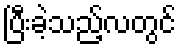
ပြီးခဲ့သည့်လတွင်